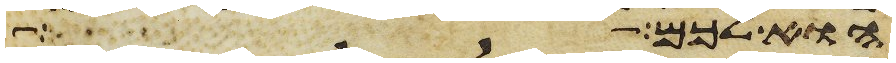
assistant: הוא לכם